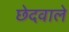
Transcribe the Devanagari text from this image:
छेदवाले